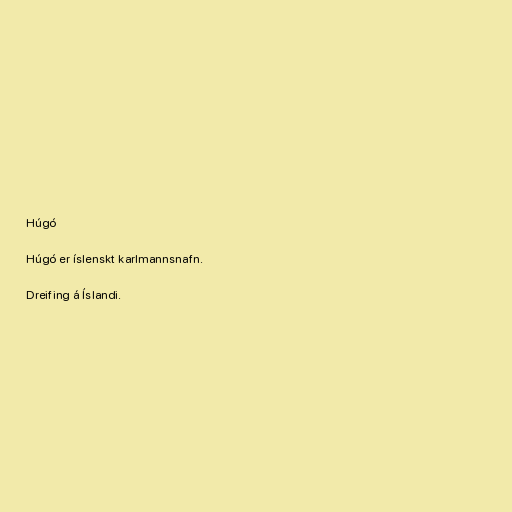
Húgó

Húgó er íslenskt karlmannsnafn.

Dreifing á Íslandi.